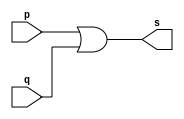
// -------------------------
// Exercicio10 - OR
// Nome: Thais Mairink
// -------------------------

//---------------
//--Porta OR
//---------------

module or_quatroEntradas (output s, input p, input q);

assign s = p | q;

endmodule    //or

//------------------------------------------------
//--test or 4 entradas, usando AND de 2 entradas
//-------------------------------------------------

module test_and_quatro;

//-----------------dados locais
    reg a, b, c, d;      //registradores
    wire s, t1, t2;              //conexao(fio)
    
//--------------------instancia
or_quatroEntradas  OR2 (t1, a, b);
or_quatroEntradas  OR3 (t2, c, d);
or_quatroEntradas  OR4 (s, t1, t2);

//--------------------preparacao
initial begin:start
a=0; b=0; c=0; d=0;

end

//---------------parte principal
initial begin:main
	$display("Exercicio010 - Thais Mairink - 441710");
	$display("Test OR 4 entradas");
	$display("\na  b  c  d =  s\n");
        $monitor("%b  %b  %b  %b = %b", a, b, c, d, s);
        
#1 a=0; b=0; c=0; d=0;
#1 a=0; b=0; c=0; d=1;
#1 a=0; b=0; c=1; d=0;
#1 a=0; b=0; c=1; d=1;
#1 a=0; b=1; c=0; d=0;
#1 a=0; b=1; c=0; d=1;
#1 a=0; b=1; c=1; d=0;
#1 a=0; b=1; c=1; d=1;
#1 a=1; b=0; c=0; d=0;
#1 a=1; b=0; c=0; d=1;
#1 a=1; b=0; c=1; d=0;
#1 a=1; b=0; c=1; d=1;
#1 a=1; b=1; c=0; d=0;
#1 a=1; b=1; c=0; d=1;
#1 a=1; b=1; c=1; d=0;
#1 a=1; b=1; c=1; d=1;

end

endmodule   //and